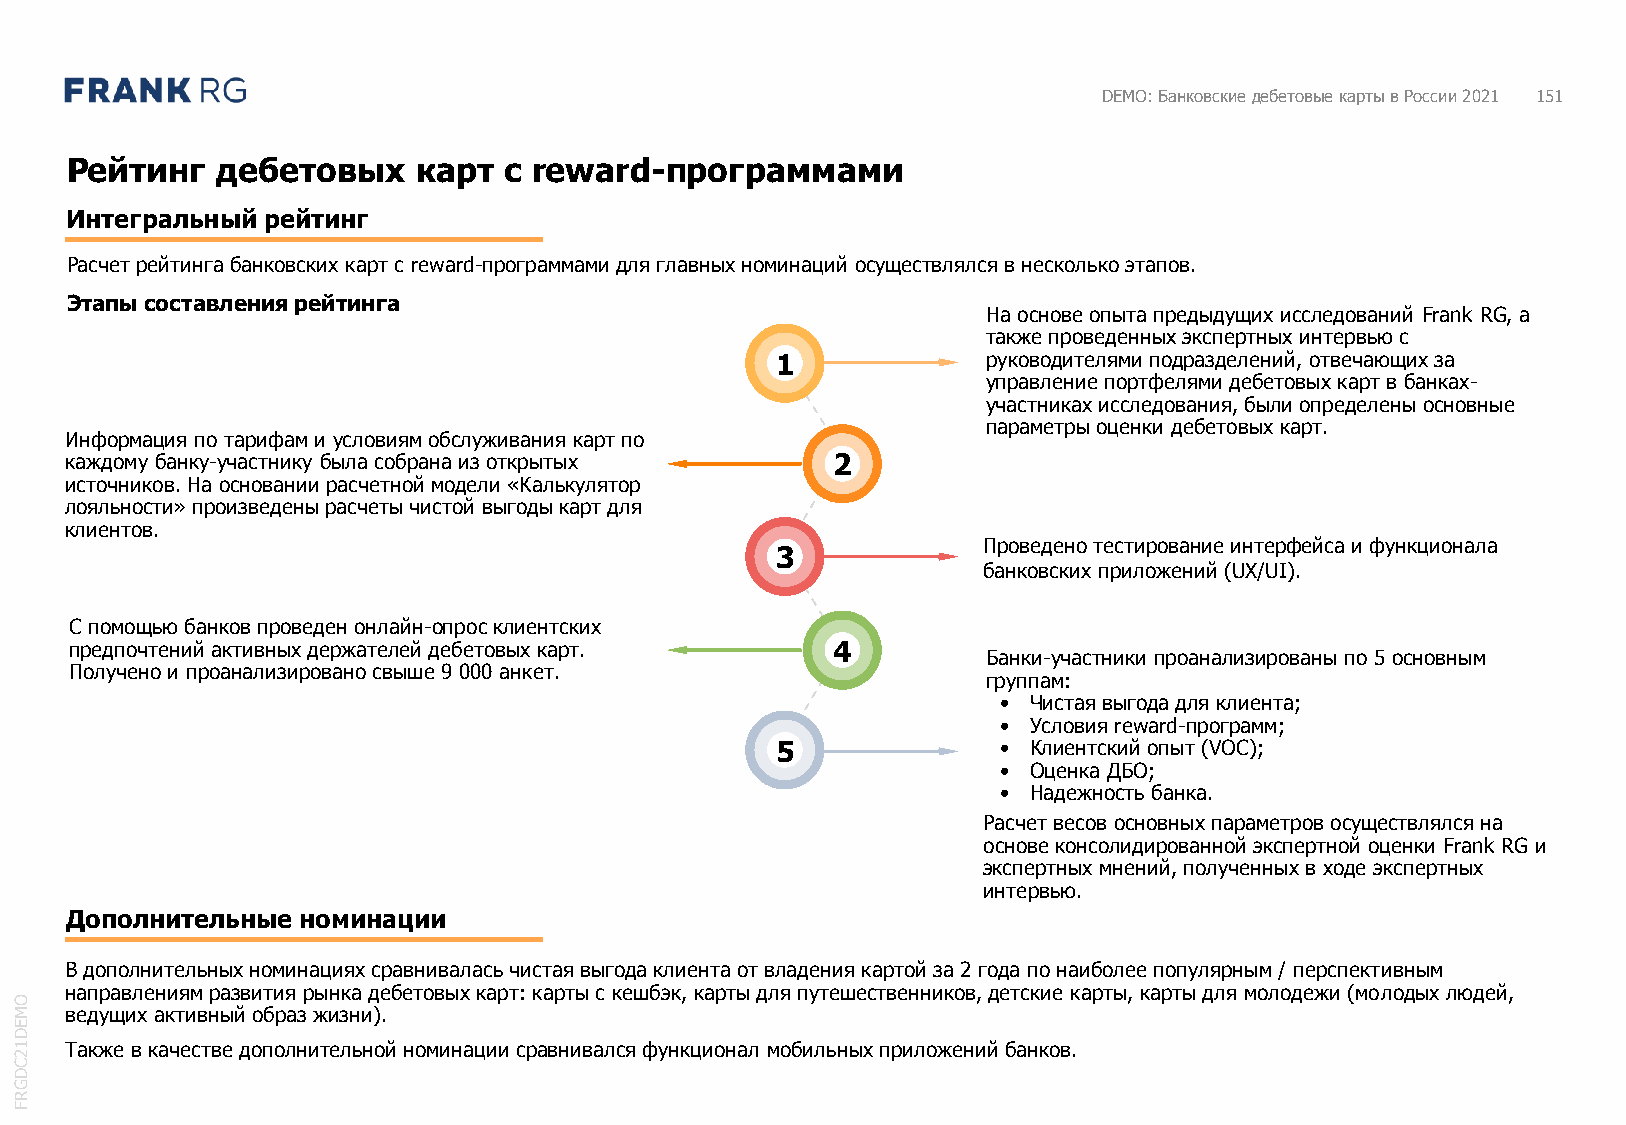
DEMO: Банковские дебетовые карты в России 2021 151
 Рейтинг   дебетовых     карт с reward-программами
 Интегральный рейтинг
 Расчет рейтинга банковских карт с reward-программами для главных номинаций осуществлялся в несколько этапов.
 Этапы составления рейтинга
 На основе опыта предыдущих исследований Frank RG, а
 также проведенных экспертных интервью с
 1             руководителями подразделений, отвечающих за
 управление портфелями дебетовых карт в банках-
 участниках исследования, были определены основные
 параметры оценки дебетовых карт.
 Информация по тарифам и условиям обслуживания карт по
 каждому банку-участнику была собрана из открытых   2
 источников. На основании расчетной модели «Калькулятор
 лояльности» произведены расчеты чистой выгоды карт для
 клиентов.
 Проведено тестирование интерфейса и функционала
 3
 банковских приложений (UX/UI).
 С помощью банков проведен онлайн-опрос клиентских
 предпочтений активных держателей дебетовых карт.  4
 Банки-участники проанализированы по 5 основным
 Получено и проанализировано свыше 9 000 анкет.
 группам:
 • Чистая выгода для клиента;
 • Условия reward-программ;
 5              • Клиентский опыт (VOC);
 • Оценка ДБО;
 • Надежность банка.
 Расчет весов основных параметров осуществлялся на
 основе консолидированной экспертной оценки Frank RG и
 экспертных мнений, полученных в ходе экспертных
 интервью.
 Дополнительные  номинации
 В дополнительных номинациях сравнивалась чистая выгода клиента от владения картой за 2 года по наиболее популярным / перспективным
 направлениям развития рынка дебетовых карт: карты с кешбэк, карты для путешественников, детские карты, карты для молодежи (молодых людей,
 O
 M  ведущих активный образ жизни).
 E
 D
 1  Также в качестве дополнительной номинации сравнивался функционал мобильных приложений банков.
 2
 C
 D
 G
 R
 F